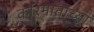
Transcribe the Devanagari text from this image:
करिमाताच्या